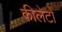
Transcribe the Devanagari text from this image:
कीलेटों